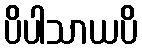
ပိပါသာယပိ